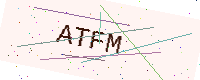
Text: ATFM